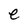
Character: e